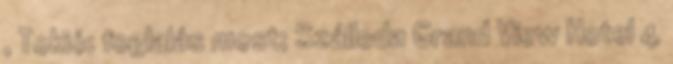
, Tokió: foglalás most; Szálloda Grand View Hotel 4